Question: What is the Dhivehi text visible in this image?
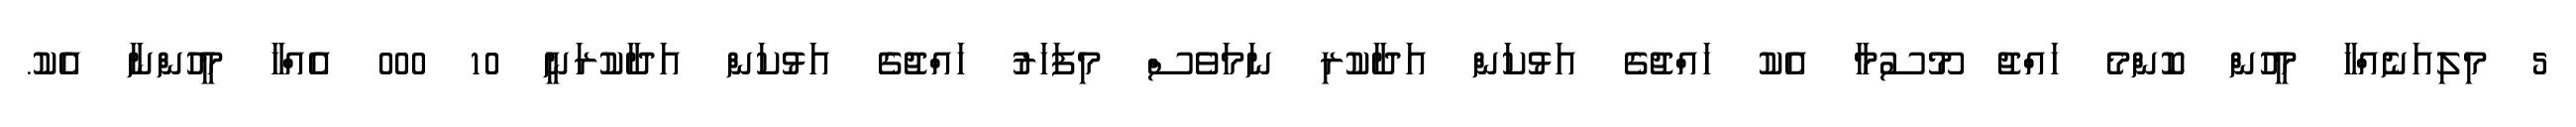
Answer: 5 މިލިއަނެއްހާ މީހުން ކޮންމެ ހައްޖު މޫސުމާ އެކު ހައްޖުގެ އަޅުކަން އަދާކުރި ނަމަވެސް މިފަހަރު ހައްޖުގެ އަޅުކަން އަދާކުރަނީ 10 000 އެއްހާ މީހުންނާ އެކު.